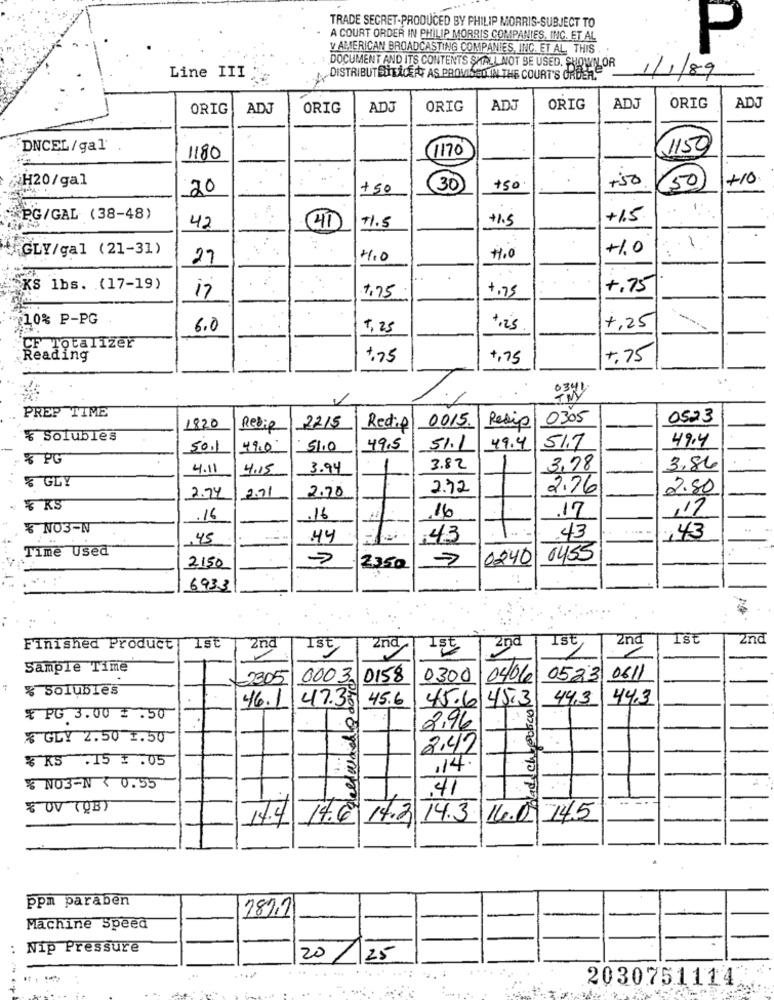
TRADE SECRET-PRODUCED BY PHILIP MORRIS-SUBJECT TO
A COURT ORDER IN PHILIP MORRIS COMPANIES, INC. ET AL
V AMERICAN BROADCASTING COMPANIES, INC. ET AL. THIS . .
P
:DOCUMENT AND ITS CONTENTS SHALL NOT BE USED. SHOWN OR
Line III
DISTRIBUT BUTEXCEPT AS PROMISED IN THE COURT'S ORDER."
1/1/89
ORIG
ADJ
ORIG
ADJ
ORIG
ADJ
ORIG
ADJ
ORIG
ADJ
DNCEL / gal
(1170
1150
1180
+50
150
+ 10
¿H20/gal
20
+50
30
+50
1.
PG/GAL (38-48)
42
+1.5
+1.5.
41
11.5
. 1
GLY/gal (21-31)
+1,0
27
11.0
..
.
KS 1bs. (17-19)
+,75
+.75
17
1.75
10% P-PG
+,25
---
6.0
7, 25
SF Totalizer
Reading
$75
4,75
+. 75
0341
PREP TIME
Redip 0305
0523
1820
Redie
2215
Redig
0015.
* Solubles
49.4
50.1
49.0
51.0
49.5
51.1
49.4
51.7
4.11
4.15
3.94
3.82
3,78
3.86
% GLY
2.72
2.76
2.80
2.74
2.91
2.20
. % KS
,17
.16
.16
16
.17
NO3-N
,45
44
:43
43
143
Time Used
0240
6455
2150
2350
6933
. ...
2nd
2nd
Ist
2nd
Ist
2nd
Finished Product
Ist
2nd
1st
Sample Time
0611
2305
000 3
0158
0300
0406
0523
% Solubles
45.6
44,3
46.1
47.35
45.6 45,3 44,3
* PG 3.00 € .50
2,96
GLY 2.50 1.50
2.47
$ K$ .15 : . 05
,14
% NO3-N < 0.55
41
$ OV (QB)
14.4
14.6 14.3 14.3 16.0 14.5
.
ppm paraben
289,2
Machine Speed
:
Nip Pressure
20
25
. :
2030751114